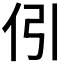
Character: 𠇁